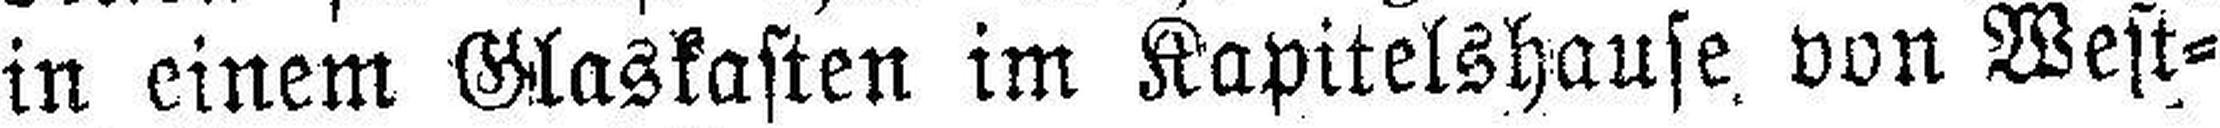
in einem Glaskasten im Kapitelshause von West¬